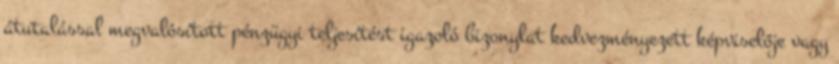
átutalással megvalósított pénzügyi teljesítést igazoló bizonylat kedvezményezett képviselője vagy